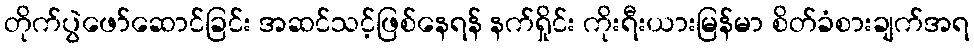
တိုက်ပွဲဖော်ဆောင်ခြင်း အဆင်သင့်ဖြစ်နေရန် နက်ရှိုင်း ကိုးရီးယားမြန်မာ စိတ်ခံစားချက်အရ